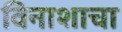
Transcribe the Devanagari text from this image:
विनाशाचा